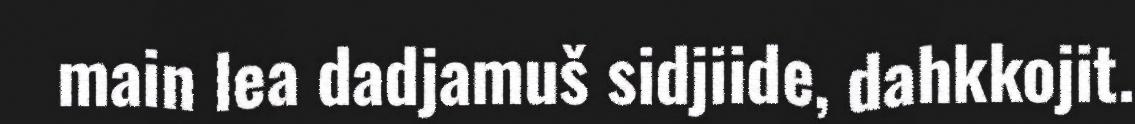
main lea dadjamuš sidjiide, dahkkojit.